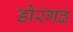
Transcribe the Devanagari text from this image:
डोरगढ़